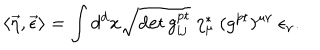
\langle \vec { \eta } , \vec { \epsilon } \rangle = \int d ^ { d } x \sqrt { \det g _ { i j } ^ { \mathrm { p t } } } \ \eta _ { \mu } ^ { * } \ ( g ^ { \mathrm { p t } } ) ^ { \mu \nu } \ \epsilon _ { \nu } .